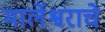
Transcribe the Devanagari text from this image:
मार्लेश्वराचे